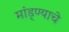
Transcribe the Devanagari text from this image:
मांड्ण्याचे